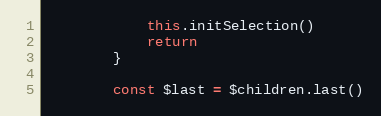
Language: JavaScript
            this.initSelection()
            return
        }

        const $last = $children.last()